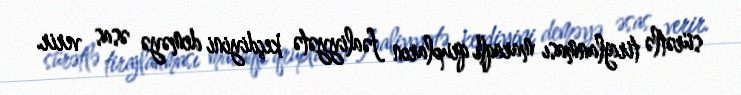
sürətlə tirajlanması maraqlı qrupların fəaliyyətə keçdiyini deməyə əsas verir.